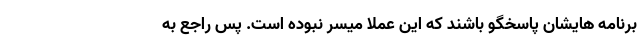
برنامه هایشان پاسخگو باشند که این عملا میسر نبوده است. پس راجع به